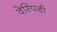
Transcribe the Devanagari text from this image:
वेस्पिडी